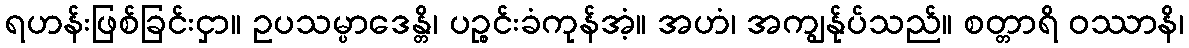
ရဟန်းဖြစ်ခြင်းငှာ။ ဥပသမ္ပာဒေန္တိ၊ ပဉ္စင်းခံကုန်အံ့။ အဟံ၊ အကျွန်ုပ်သည်။ စတ္တာရိ ဝဿာနိ၊